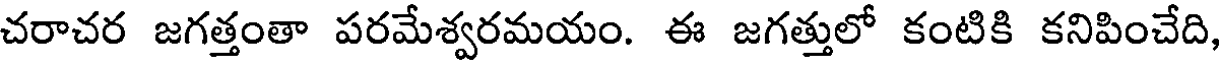
చరాచర జగత్తంతా పరమేశ్వరమయం. ఈ జగత్తులో కంటికి కనిపించేది